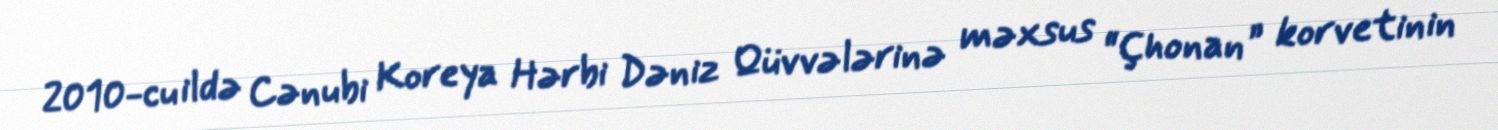
2010-cu ildə Cənubi Koreya Hərbi Dəniz Qüvvələrinə məxsus “Çhonan” korvetinin